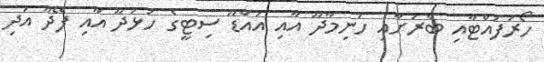
ހޯރަފުއްޓާއި ބާރަށާއި ހަނިމާދޫ އާއި އައްޑޫ ސިޓީގެ ހުޅުދޫ އާއި ފޭދޫ އަދި